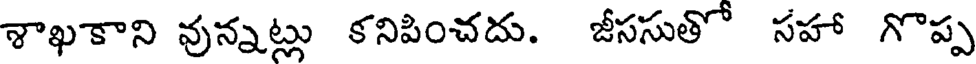
శాఖకాని వున్నట్లు కనిపించదు. జీససుతో సహా గొప్ప